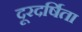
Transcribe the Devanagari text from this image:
दूरदर्षिता